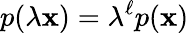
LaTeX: p(\lambda\mathbf{x})=\lambda^{\ell}p(\mathbf{x})